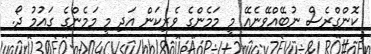
ކޮންގްރެސް ނުބޭއްވޭނެއޭ މީ މަމެންގެ ވެރިކަން އަދި މީ މަމެންގެ ގައުމު ދޯ.